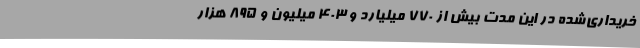
خریداری‌شده در این مدت بیش از 770 میلیارد و 403 میلیون و 895 هزار